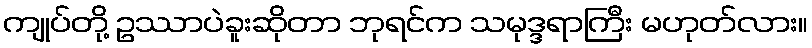
ကျုပ်တို့ ဥဿာပဲခူးဆိုတာ ဘုရင်က သမုဒ္ဒရာကြီး မဟုတ်လား။